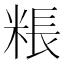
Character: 粻